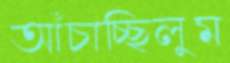
আঁচাচ্ছিলুম